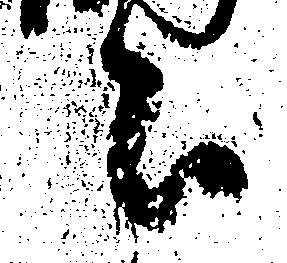
言